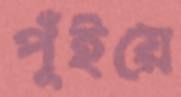
পুঁইয়ে